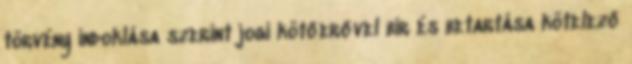
törvény indoklása szerint jogi kötőerővel bír és betartása kötelező